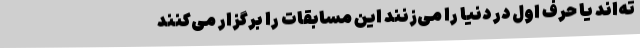
ته‌اند یا حرف اول در دنیا را می‌زنند این مسابقات را برگزار می‌کنند